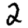
Digit: 2